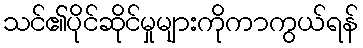
သင်၏ပိုင်ဆိုင်မှုများကိုကာကွယ်ရန်